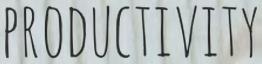
PRODUCTIVITY